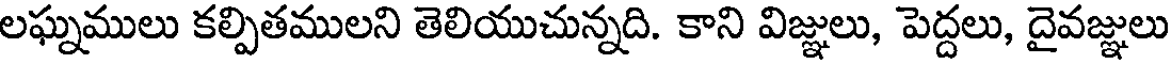
లఘ్నములు కల్పితములని తెలియుచున్నది. కాని విజ్ఞులు, పెద్దలు, దైవజ్ఞులు